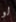
لو